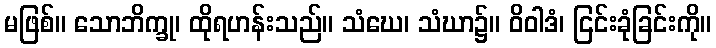
မဖြစ်။ သောဘိက္ခု၊ ထိုရဟန်းသည်။ သံဃေ၊ သံဃာ၌။ ဝိဝါဒံ၊ ငြင်းခုံခြင်းကို။